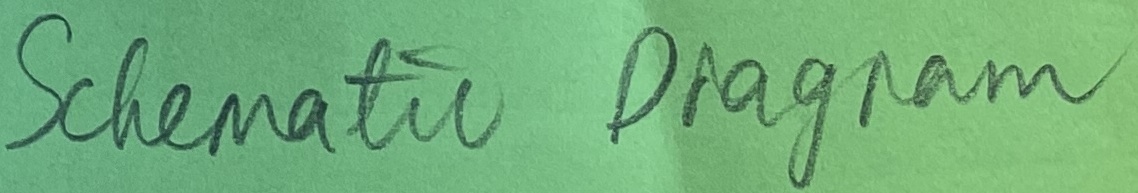
Text: Schematic Diagram